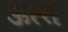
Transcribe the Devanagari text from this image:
ऊत्स